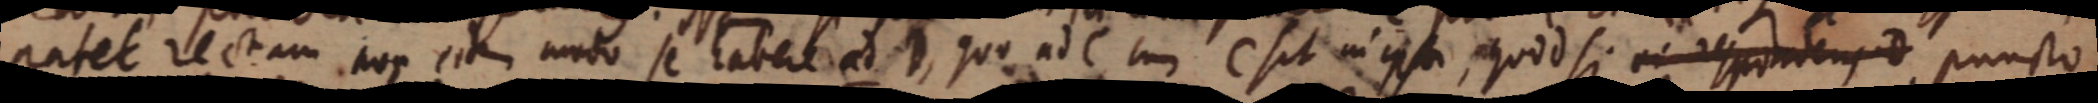
patet rectam non eide modo se habere ad D, quo ad C cum C sit in ipsi, quod si repondens D puncto